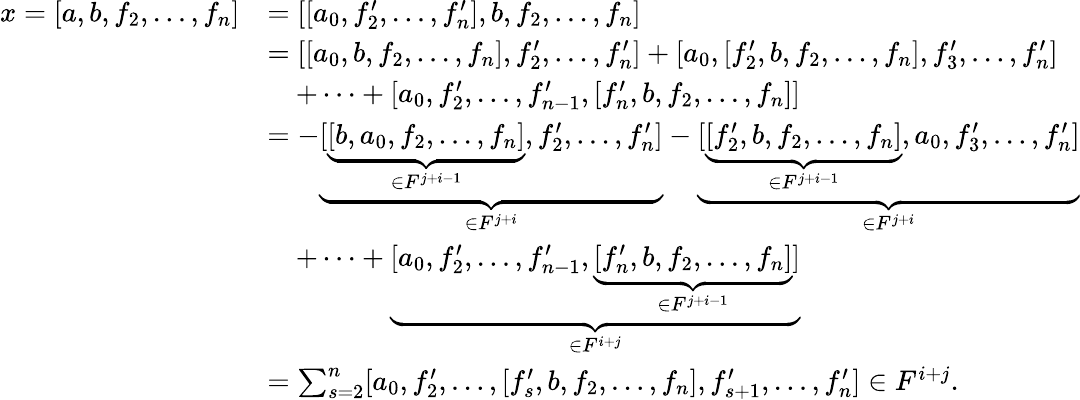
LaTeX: \begin{array}{rl}{x=[a,b,f_{2},\dots,f_{n}]}&{=[[a_{0},f_{2}^{\prime},\dots,f_{n}^{\prime}],b,f_{2},\dots,f_{n}]}\\ &{=[[a_{0},b,f_{2},\dots,f_{n}],f_{2}^{\prime},\dots,f_{n}^{\prime}]+[a_{0},[f_{2}^{\prime},b,f_{2},\dots,f_{n}],f_{3}^{\prime},\dots,f_{n}^{\prime}]}\\ &{\quad+\dots+[a_{0},f_{2}^{\prime},\dots,f_{n-1}^{\prime},[f_{n}^{\prime},b,f_{2},\dots,f_{n}]]}\\ &{=-\underbrace{[\underbrace{[b,a_{0},f_{2},\dots,f_{n}]}_{\in F^{j+i-1}},f_{2}^{\prime},\dots,f_{n}^{\prime}]}_{\in F^{j+i}}-\underbrace{[\underbrace{[f_{2}^{\prime},b,f_{2},\dots,f_{n}]}_{\in F^{j+i-1}},a_{0},f_{3}^{\prime},\dots,f_{n}^{\prime}]}_{\in F^{j+i}}}\\ &{\quad+\dots+\underbrace{[a_{0},f_{2}^{\prime},\dots,f_{n-1}^{\prime},\underbrace{[f_{n}^{\prime},b,f_{2},\dots,f_{n}]}_{\in F^{j+i-1}}]}_{\in F^{i+j}}}\\ &{=\sum_{s=2}^{n}[a_{0},f_{2}^{\prime},\dots,[f_{s}^{\prime},b,f_{2},\dots,f_{n}],f_{s+1}^{\prime},\dots,f_{n}^{\prime}]\in F^{i+j}.}\end{array}